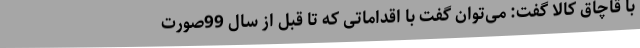
با قاچاق کالا گفت: می‌توان گفت با اقداماتی که تا قبل از سال 99صورت